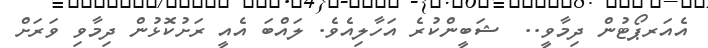
އެއަރޕޯޓުން ދިމާވީ..  ޝަބީންކުރެ އަހާލިއެވެ. ލައްބަ އެއީ ރަށުކޮޅުން ދިމާވި ވަރަށް